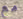
مع